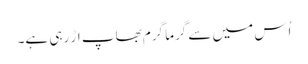
اُس میں سے گرما گرم بھاپ اڑ رہی ہے۔